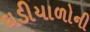
ઘડીયાળોની